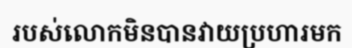
របស់លោកមិនបានវាយប្រហារមក